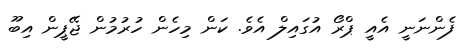
ފެންނަނީ އެއީ ޕްރޯ އުގައިލް އެވެ. ކަން މިހެން ހުރުމުން ޖޭޕީން އިބޫ